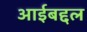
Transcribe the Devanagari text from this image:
आईबद्दल